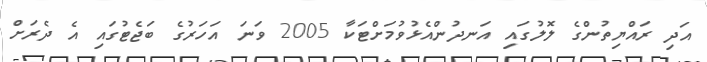
އަދި ރައްޔިތުންގެ ލޮލުގައި އަނދުންއެޅުވުމަށްޓަކާ 2005 ވަނަ އަހަރުގެ ބަޖެޓުގައި އެ ދެރަށް